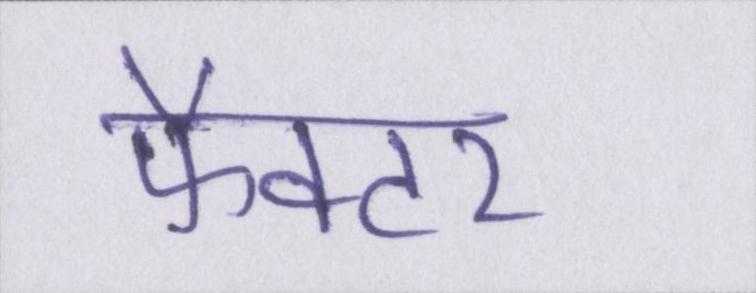
फैक्टर